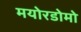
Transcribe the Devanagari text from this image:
मयोरडोमो